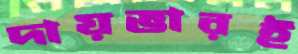
দায়ভারই